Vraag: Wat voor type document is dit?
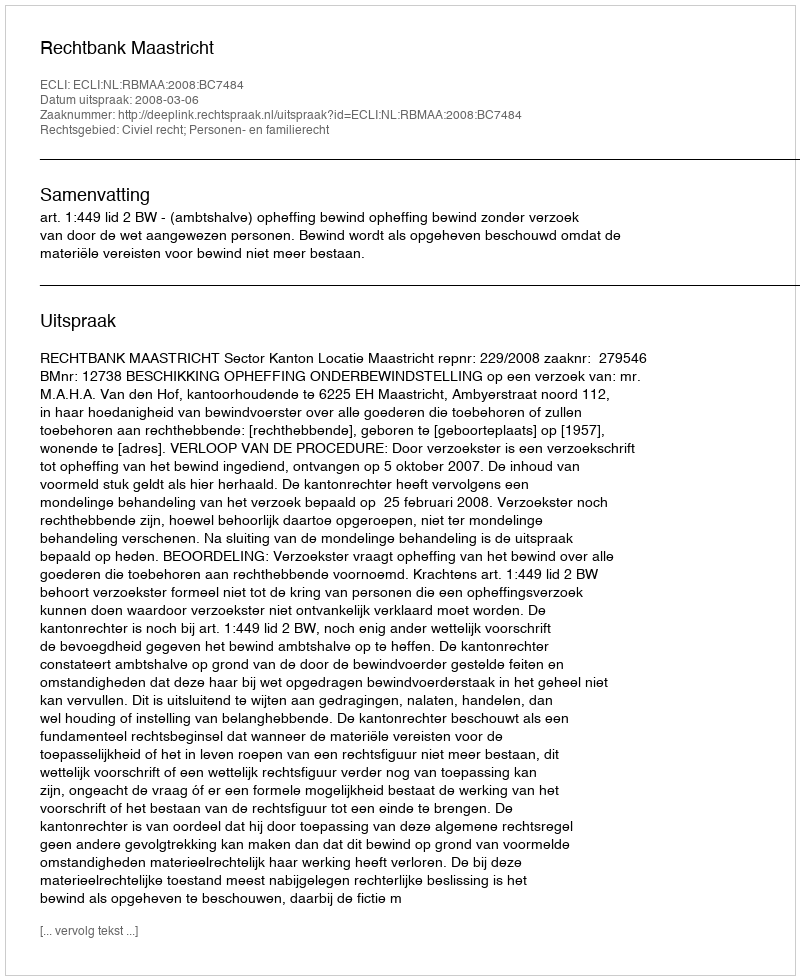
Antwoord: Uitspraak